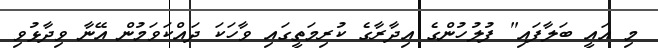
މި އައީ ބަލާފައި" ފުލުހުންގެ އިދާރާގެ ކުރިމަތީގައި ވާހަކަ ދައްކަވަމުން އޭނާ ވިދާޅުވި